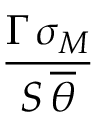
\frac { \Gamma \, \sigma _ { M } } { S \, \overline { { \theta } } }